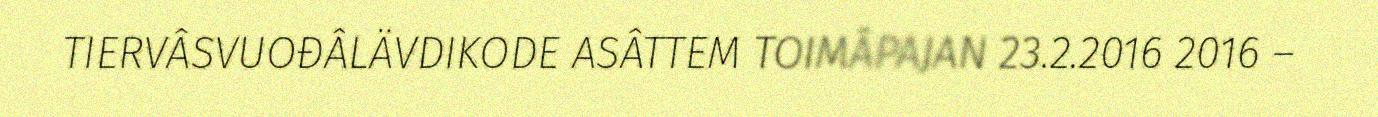
TIERVÂSVUOĐÂLÄVDIKODE ASÂTTEM TOIMÂPAJAN 23.2.2016 2016 –